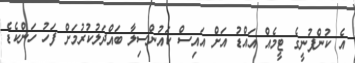
އެ ކުންފުނީގެ ޓީމެއް އައްޑު އަށް އައިސް ކައުންސިލާ ބައްދަލުކުރުމަށް ފަހު ހަންކެޑެ